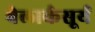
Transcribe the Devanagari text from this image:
बेलार्कसूर्य